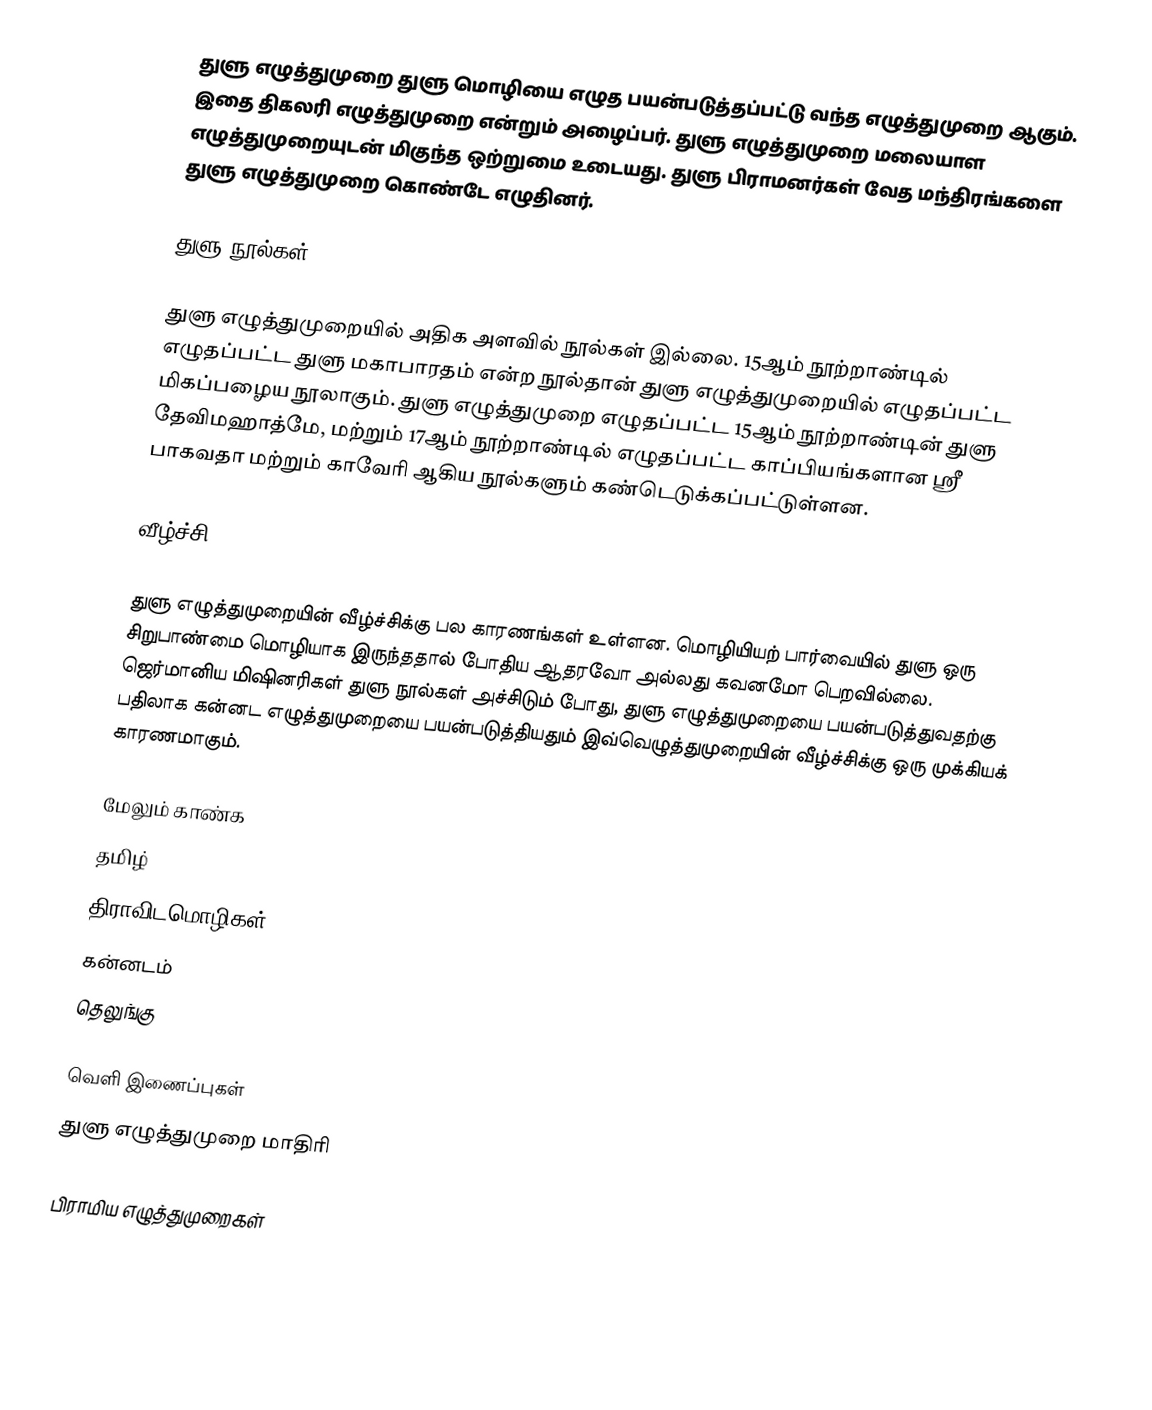
துளு எழுத்துமுறை துளு மொழியை எழுத பயன்படுத்தப்பட்டு வந்த எழுத்துமுறை ஆகும். இதை திகலரி எழுத்துமுறை என்றும் அழைப்பர். துளு எழுத்துமுறை மலையாள எழுத்துமுறையுடன் மிகுந்த ஒற்றுமை உடையது. துளு பிராமனர்கள் வேத மந்திரங்களை துளு எழுத்துமுறை கொண்டே எழுதினர்.

துளு நூல்கள்

துளு எழுத்துமுறையில் அதிக அளவில் நூல்கள் இல்லை. 15ஆம் நூற்றாண்டில் எழுதப்பட்ட துளு மகாபாரதம் என்ற நூல்தான் துளு எழுத்துமுறையில் எழுதப்பட்ட மிகப்பழைய நூலாகும். துளு எழுத்துமுறை எழுதப்பட்ட 15ஆம் நூற்றாண்டின் துளு தேவிமஹாத்மே, மற்றும் 17ஆம் நூற்றாண்டில் எழுதப்பட்ட காப்பியங்களான ஸ்ரீ பாகவதா மற்றும் காவேரி ஆகிய நூல்களும் கண்டெடுக்கப்பட்டுள்ளன.

வீழ்ச்சி

துளு எழுத்துமுறையின் வீழ்ச்சிக்கு பல காரணங்கள் உள்ளன. மொழியியற் பார்வையில் துளு ஒரு சிறுபாண்மை மொழியாக இருந்ததால் போதிய ஆதரவோ அல்லது கவனமோ பெறவில்லை. ஜெர்மானிய மிஷினரிகள் துளு நூல்கள் அச்சிடும் போது, துளு எழுத்துமுறையை பயன்படுத்துவதற்கு பதிலாக கன்னட எழுத்துமுறையை பயன்படுத்தியதும் இவ்வெழுத்துமுறையின் வீழ்ச்சிக்கு ஒரு முக்கியக் காரணமாகும்.

மேலும் காண்க
 தமிழ்
 திராவிடமொழிகள்
 கன்னடம்
 தெலுங்கு

வெளி இணைப்புகள்
 துளு எழுத்துமுறை மாதிரி

பிராமிய எழுத்துமுறைகள்